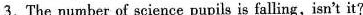
3.The number of science pupils is falling,isn't it？